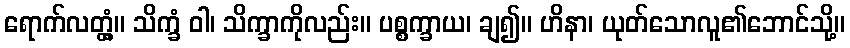
ရောက်လတ္တံ့။ သိက္ခံ ဝါ၊ သိက္ခာကိုလည်း။ ပစ္စက္ခာယ၊ ချ၍။ ဟိနာ၊ ယုတ်သောလူ၏ဘောင်သို့။